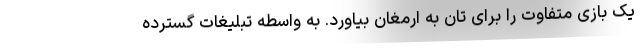
یک بازی متفاوت را برای تان به ارمغان بیاورد. به واسطه تبلیغات گسترده